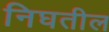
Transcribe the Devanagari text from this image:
निघतील